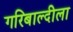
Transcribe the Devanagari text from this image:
गरिबाल्दीला